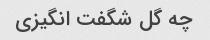
چه گل شگفت انگیزی